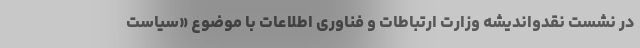
در نشست‌ نقدواندیشه وزارت ارتباطات و فناوری اطلاعات با موضوع «سیاست‌